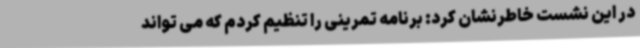
در این نشست خاطرنشان کرد: برنامه تمرینی را تنظیم کردم که می تواند